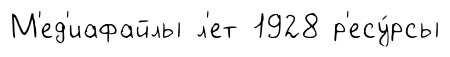
М'ед'иафайлы л'ет 1928 р'есу́рсы